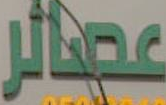
عددالر